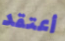
أعتقد